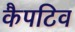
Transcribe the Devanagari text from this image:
कैपटिव